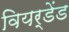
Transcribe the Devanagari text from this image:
वियर्डेंड